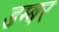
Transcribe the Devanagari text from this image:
डम्‍बर